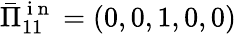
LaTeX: \bar{\Pi}_{11}^{\mathrm{~i~n~}}=(0,0,1,0,0)